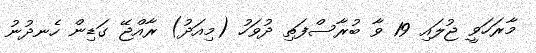
މާރަހަވީ ޖުލައި 19 ވާ ބުރާސްފަތި ދުވަހު (މިއަދު) ރާއްޖޭ ގަޑިން ހެނދުނު